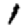
Digit: 1